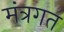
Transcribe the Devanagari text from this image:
मंत्रगत